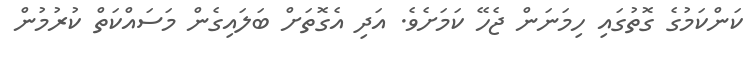
ކަންކަމުގެ ގޮތުގައި ހިމަނަން ޖެހޭ ކަމަށެވެ. އަދި އެގޮތަށް ބަލައިގެން މަސައްކަތް ކުރުމުން